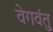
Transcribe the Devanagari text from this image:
वेगवंतु